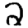
Digit: 2